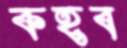
কহব